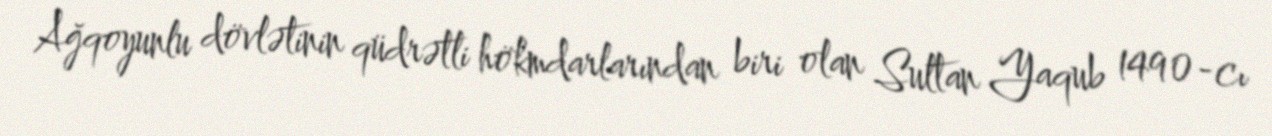
Ağqoyunlu dövlətinin qüdrətli hökmdarlarından biri olan Sultan Yaqub 1490-cı